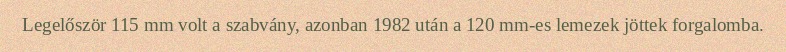
Legelőször 115 mm volt a szabvány, azonban 1982 után a 120 mm-es lemezek jöttek forgalomba.